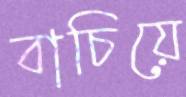
বাচিয়ে